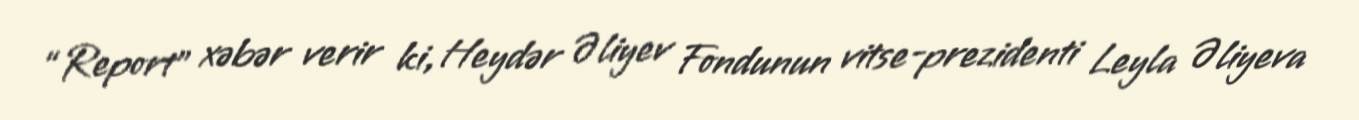
“Report” xəbər verir ki, Heydər Əliyev Fondunun vitse-prezidenti Leyla Əliyeva